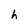
Character: h